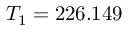
T _ { 1 } = 2 2 6 . 1 4 9